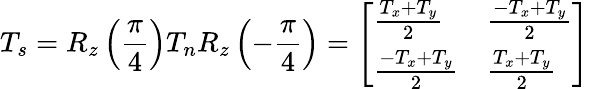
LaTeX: T_{s}=R_{z}\left(\frac{\pi}{4}\right)T_{n}R_{z}\left(-\frac{\pi}{4}\right)=\left[\begin{array}{ll}{\frac{T_{x}+T_{y}}{2}}&{\frac{-T_{x}+T_{y}}{2}}\\ {\frac{-T_{x}+T_{y}}{2}}&{\frac{T_{x}+T_{y}}{2}}\end{array}\right]